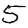
Digit: 5